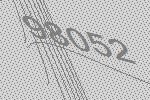
98052